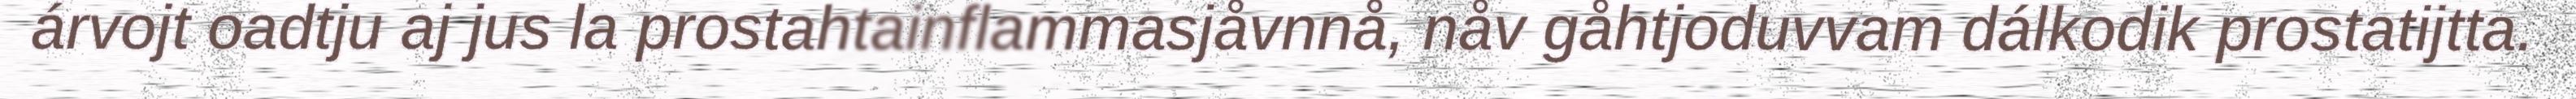
árvojt oadtju aj jus la prostahtainflammasjåvnnå, nåv gåhtjoduvvam dálkodik prostatijtta.